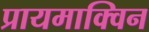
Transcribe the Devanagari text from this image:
प्रायमाक्विन